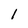
Character: 1